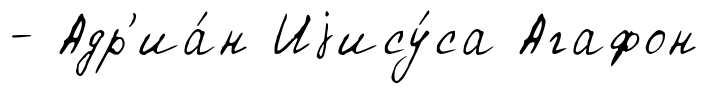
- Адр'иа́н Иjису́са Агафон